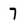
Character: 7